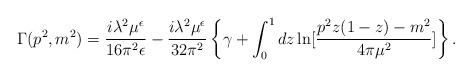
LaTeX: \begin{align*}\Gamma (p^{2},m^{2})=\frac{i\lambda ^{2}\mu ^{\epsilon }}{16\pi ^{2}\epsilon }-\frac{i\lambda ^{2}\mu ^{\epsilon }}{32\pi ^{2}}\left\{ \gamma+\int_{0}^{1}dz\ln [\frac{p^{2}z(1-z)-m^{2}}{4\pi \mu ^{2}}]\right\} .\end{align*}